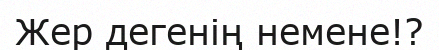
Жер дегенің немене!?